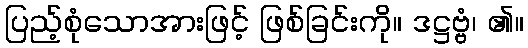
ပြည့်စုံသောအားဖြင့် ဖြစ်ခြင်းကို။ ဒဋ္ဌဗ္ဗံ၊ ၏။